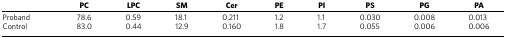
<table><thead><tr><td><b> </b></td><td><b>PC</b></td><td><b>LPC</b></td><td><b>SM</b></td><td><b>Cer</b></td><td><b>PE</b></td><td><b>PI</b></td><td><b>PS</b></td><td><b>PG</b></td><td><b>PA</b></td></tr></thead><tbody><tr><td>Proband</td><td>78.6</td><td>0.59</td><td>18.1</td><td>0.211</td><td>1.2</td><td>1.1</td><td>0.030</td><td>0.008</td><td>0.013</td></tr><tr><td>Control</td><td>83.0</td><td>0.44</td><td>12.9</td><td>0.160</td><td>1.8</td><td>1.7</td><td>0.055</td><td>0.006</td><td>0.006</td></tr></tbody></table>